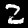
Digit: 2